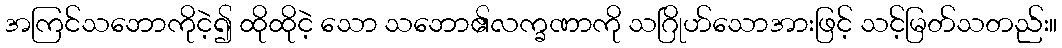
အကြင်သဘောကိုငဲ့၍ ထိုထိုငဲ့ သော သဘော၏လက္ခဏာကို သဂြိုဟ်သောအားဖြင့် သင့်မြတ်သတည်း။